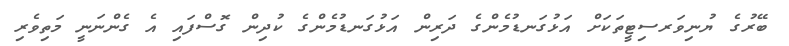
ބޭރުގެ ޔުނިވަރސިޓީތަކަށް އަޅުގަނޑުމެންގެ ދަރިން އަޅުގަނޑުމެންގެ ކުދިން ގޮސްފައި އެ ގެންނަނީ މަތިވެރި